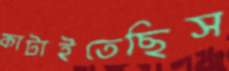
কাটাইতেছিস